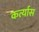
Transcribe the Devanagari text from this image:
कर्त्यास